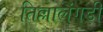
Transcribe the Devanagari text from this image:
तिल्लालंगडी